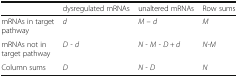
<table><thead><tr><td></td><td><b>dysregulated mRNAs</b></td><td><b>unaltered mRNAs</b></td><td><b>Row sums</b></td></tr></thead><tbody><tr><td>mRNAs in target pathway</td><td><i>d</i></td><td><i>M – d</i></td><td><i>M</i></td></tr><tr><td>mRNAs not in target pathway</td><td><i>D - d</i></td><td><i>N - M - D + d</i></td><td><i>N-M</i></td></tr><tr><td>Column sums</td><td><i>D</i></td><td><i>N - D</i></td><td><i>N</i></td></tr></tbody></table>